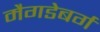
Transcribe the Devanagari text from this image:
मैगडेबर्ग